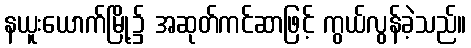
နယူးယောက်မြို့၌ အဆုတ်ကင်ဆာဖြင့် ကွယ်လွန်ခဲ့သည်။